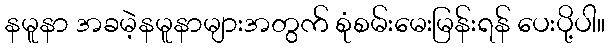
နမူနာ အခမဲ့နမူနာများအတွက် စုံစမ်းမေးမြန်းရန် ပေးပို့ပါ။